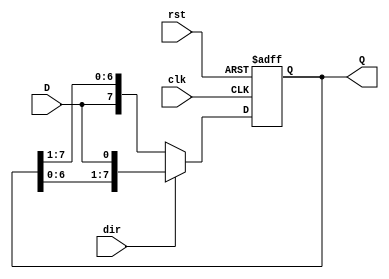
module ShiftRegister #(
    parameter N = 8 // Width of the shift register
)(
    input wire clk,         // Clock signal
    input wire rst,         // Reset signal
    input wire D,           // Data input bit
    input wire dir,         // Shift direction (1 = left, 0 = right)
    output reg [N-1:0] Q    // Data output (shift register contents)
);

// Always block triggered on the rising edge of the clock
always @(posedge clk or posedge rst) begin
    if (rst) begin
        // Asynchronous reset: Clear all bits to 0
        Q <= {N{1'b0}};
    end else begin
        // Shift operation based on direction
        if (dir) begin
            // Left shift: Shift all bits left and input new data in LSB
            Q <= {Q[N-2:0], D};
        end else begin
            // Right shift: Shift all bits right and input new data in MSB
            Q <= {D, Q[N-1:1]};
        end
    end
end

endmodule